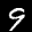
Label: 9